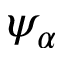
\psi _ { \alpha }